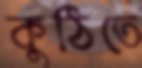
কুঠিতে